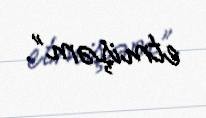
etmişəm”.